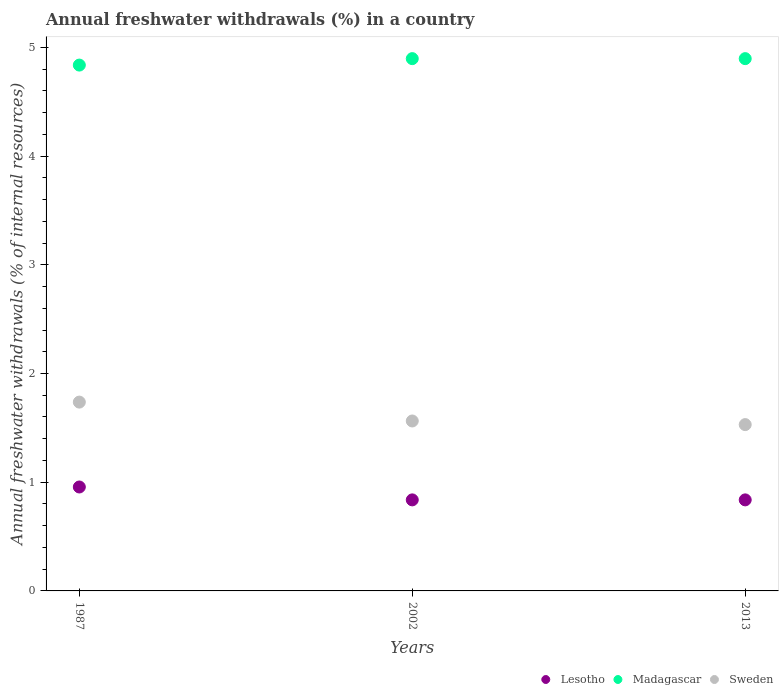
| Years | Lesotho | Madagascar | Sweden |
 | --- | --- | --- | --- |
 | 1987 | 0.956 | 4.84 | 1.74 |
 | 2002 | 0.837 | 4.9 | 1.56 |
 | 2013 | 0.837 | 4.9 | 1.53 |